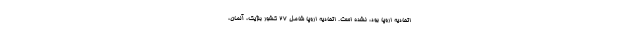
اتحادیه اروپا بود، نشده است. اتحادیه اروپا شامل ۲۷ کشور بلژیک، آلمان،